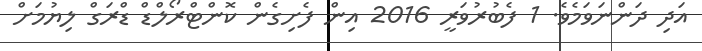
އަދި ދަންނަވަމެވެ. 1 ފެބުރުވަރީ 2016 އިން ފެށިގެން ކޮންޓްރޯލްޑް ޑްރަގް ލިޔުުމަށް